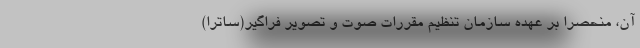
آن، منحصراً بر عهده سازمان تنظیم مقررات صوت و تصویر فراگیر(ساترا)